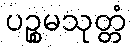
ပဉ္စမသုတ္တံ